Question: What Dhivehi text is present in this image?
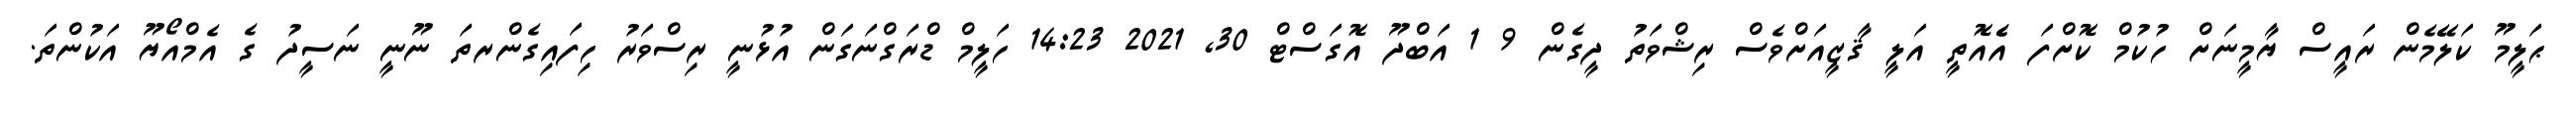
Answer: ޙަލީމޫ ކަލޭމެން ރައީސް ޔާމީނަށް ހުކުމް ކޮށްފަ އެެއޮތީ އަލީ ޤާޒީއަށްވެސް ރިޝްވަތު ދީގެން 9 1 އަބްދޫ އޮގަސްޓް 30, 2021 14:23 ހަލީމް ޑްރަގްނަގަން އުޅުނީ ރިސްވަރު ހިފައިގެންރތަ ނޫނީ ނަސީދު ގެ އެމްއޯޔޫ އަކުންތަ.